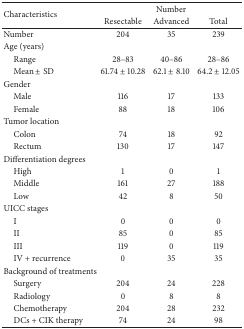
| <ROWSPAN=2> Characteristics | <COLSPAN=3> Number |
 | Resectable | Advanced | Total |
 | --- | --- | --- | --- |
 | Number | 204 | 35 | 239 |
 | Age (years) |  |  |  |
 | Range | 28–83 | 40–86 | 28–86 |
 | Mean ± SD | 61.74 ± 10.28 | 62.1 ± 8.10 | 64.2 ± 12.05 |
 | Gender |  |  |  |
 | Male | 116 | 17 | 133 |
 | Female | 88 | 18 | 106 |
 | Tumor location |  |  |  |
 | Colon | 74 | 18 | 92 |
 | Rectum | 130 | 17 | 147 |
 | Differentiation degrees |  |  |  |
 | High | 1 | 0 | 1 |
 | Middle | 161 | 27 | 188 |
 | Low | 42 | 8 | 50 |
 | UICC stages |  |  |  |
 | I | 0 | 0 | 0 |
 | II | 85 | 0 | 85 |
 | III | 119 | 0 | 119 |
 | IV + recurrence | 0 | 35 | 35 |
 | Background of treatments |  |  |  |
 | Surgery | 204 | 24 | 228 |
 | Radiology | 0 | 8 | 8 |
 | Chemotherapy | 204 | 28 | 232 |
 | DCs + CIK therapy | 74 | 24 | 98 |